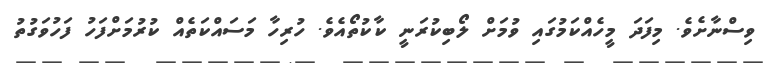
ވިސްނާށެވެ. މިފަދަ މީހެއްކަމުގައި ވުމަށް ލޯބިކުރަނީ ކާކުތޯއެވެ. ހުރިހާ މަސައްކަތެއް ކުރުމަށްފަހު ފަހުވަގުތު